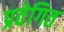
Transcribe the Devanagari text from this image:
प्रवेगित